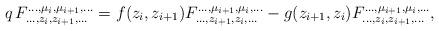
LaTeX: \begin{align*}q \, F_{\ldots , z_{i}, z_{i+1}, \ldots}^{\ldots , \mu_{i}, \mu_{i+1}, \ldots}=f(z_{i}, z_{i+1})F_{\ldots , z_{i+1}, z_{i}, \ldots}^{\ldots , \mu_{i+1}, \mu_{i}, \ldots}-g(z_{i+1}, z_{i})F_{\ldots , z_{i}, z_{i+1}, \ldots}^{\ldots , \mu_{i+1}, \mu_{i}, \ldots}, \end{align*}